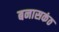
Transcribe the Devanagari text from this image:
बनासकंठ